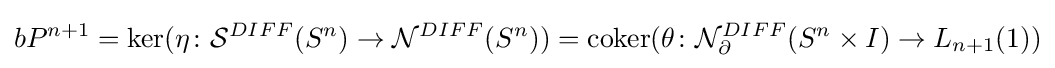
bP^{n+1}=\mathrm {ker} (\eta \colon {\mathcal {S}}^{DIFF}(S^{n})\to {\mathcal {N}}^{DIFF}(S^{n}))=\mathrm {coker} (\theta \colon {\mathcal {N}}_{\partial }^{DIFF}(S^{n}\times I)\to L_{n+1}(1))